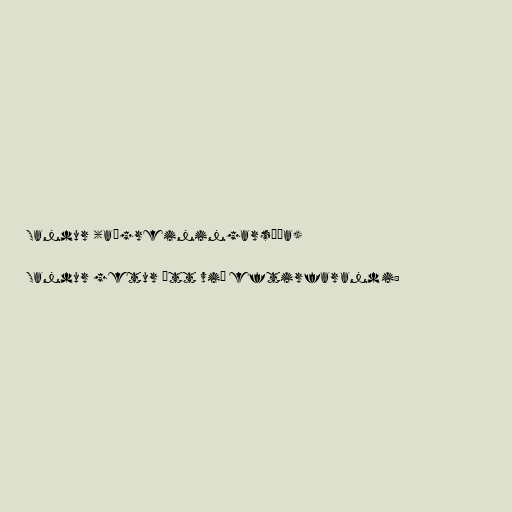
Sandur (aðgreiningarsíða)

Sandur getur átt við eftirfarandi: